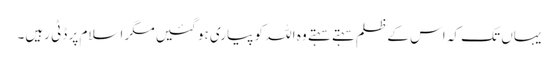
یہاں تک کہ اس کے ظلم سہتے سہتے وہ اللہ کو پیاری ہو گئیں مگر اسلام پر ڈٹی رہیں۔